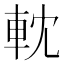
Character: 𨋄